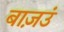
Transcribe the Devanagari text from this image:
बाज़उं